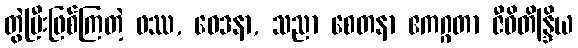
တွဲပြီးဖြစ်ကြတဲ့ ဖဿ, ဝေဒနာ, သညာ စေတနာ ဧကဂ္ဂတာ ဇီဝိတိန္ဒြိယ